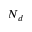
N _ { d }